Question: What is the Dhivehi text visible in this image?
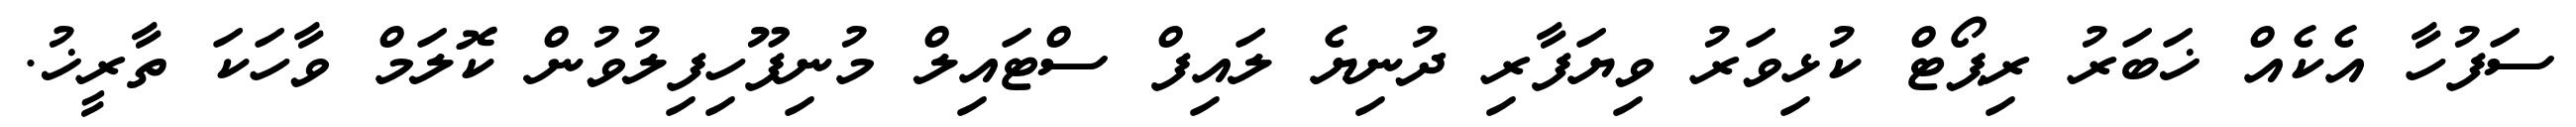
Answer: ސަފުހާ އެކެއް ޚަބަރު ރިޕޯޓް ކުޅިވަރު ވިޔަފާރި ދުނިޔެ ލައިފް ސްޓައިލް މުނިފޫހިފިލުވުން ކޮލަމް ވާހަކަ ތާރީޚު.